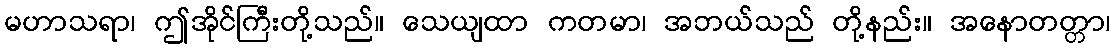
မဟာသရာ၊ ဤအိုင်ကြီးတို့သည်။ သေယျထာ ကတမာ၊ အဘယ်သည် တို့နည်း။ အနောတတ္တာ၊